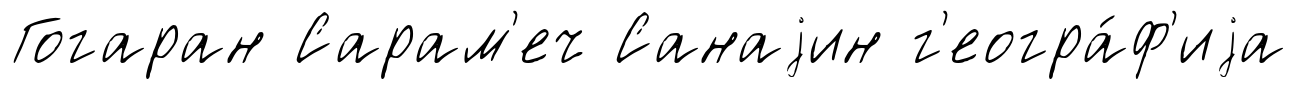
Гогаран Сарам'еч Санаjин г'еогра́ф'иjа